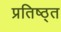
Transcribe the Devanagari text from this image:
प्रतिष्ठ्त